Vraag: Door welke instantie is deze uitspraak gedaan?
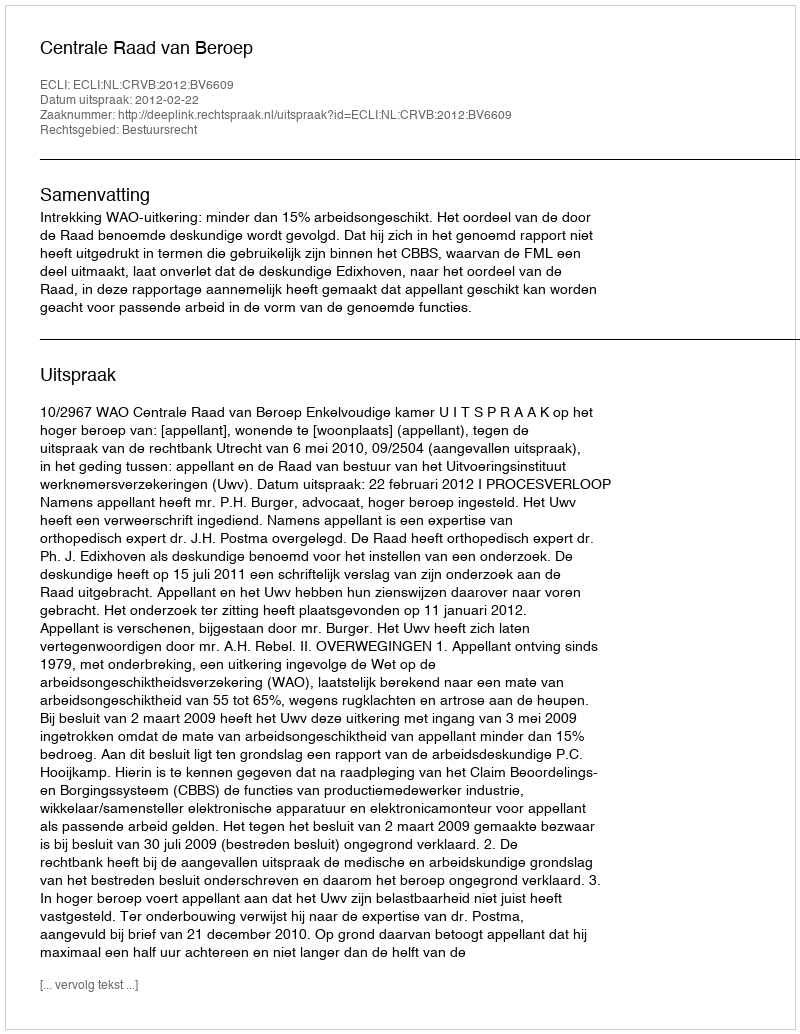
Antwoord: Centrale Raad van Beroep